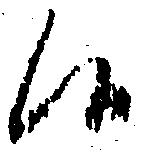
候